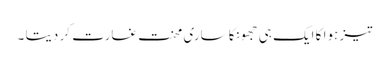
تیز ہوا کا ایک ہی جھونکا ساری محنت غارت کر دیتا ۔